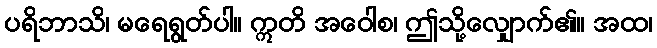
ပရိဘာသိ၊ မရေရွတ်ပါ။ ဣတိ အဝေါစ၊ ဤသို့လျှောက်၏။ အထ၊